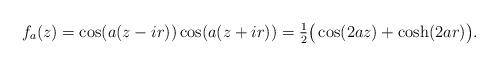
LaTeX: \begin{align*} f_a(z)=\cos(a(z-ir))\cos(a(z+ir))=\tfrac{1}{2}\big(\cos(2az)+\cosh(2ar)\big).\end{align*}